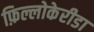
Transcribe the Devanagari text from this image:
फ़िल्लोकेरीडा